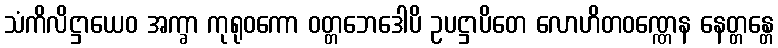
သံကိလိဋ္ဌာယေဝ အက္ခာ ကုရုဝကော ဝတ္တဘေဒေါပိ ဥပဋ္ဌာပိတေ လောဟိတဝဏ္ဏေန နေတ္တန္တေ